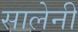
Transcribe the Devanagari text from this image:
सालेनी